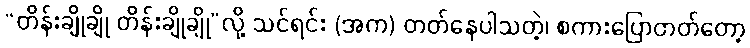
“တိန်းချိုချို တိန်းချိုချို”လို့ သင်ရင်း (အက) တတ်နေပါသတဲ့၊ စကားပြောတတ်တော့